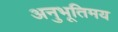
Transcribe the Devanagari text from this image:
अनुभूतिमय